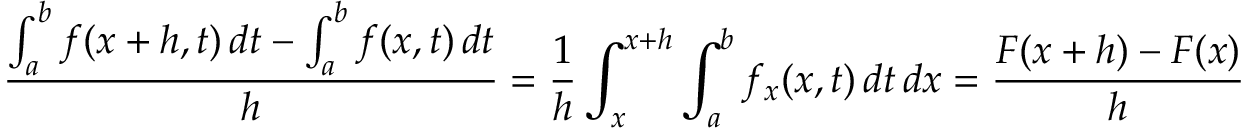
{ \frac { \int _ { a } ^ { b } f ( x + h , t ) \, d t - \int _ { a } ^ { b } f ( x , t ) \, d t } { h } } = { \frac { 1 } { h } } \int _ { x } ^ { x + h } \int _ { a } ^ { b } f _ { x } ( x , t ) \, d t \, d x = { \frac { F ( x + h ) - F ( x ) } { h } }